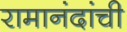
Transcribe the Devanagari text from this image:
रामानंदांची